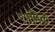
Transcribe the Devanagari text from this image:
शामिळ